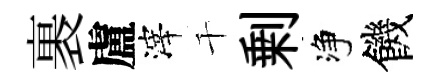
裹盧滓千剰净饑